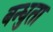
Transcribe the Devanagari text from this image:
बन्धुता